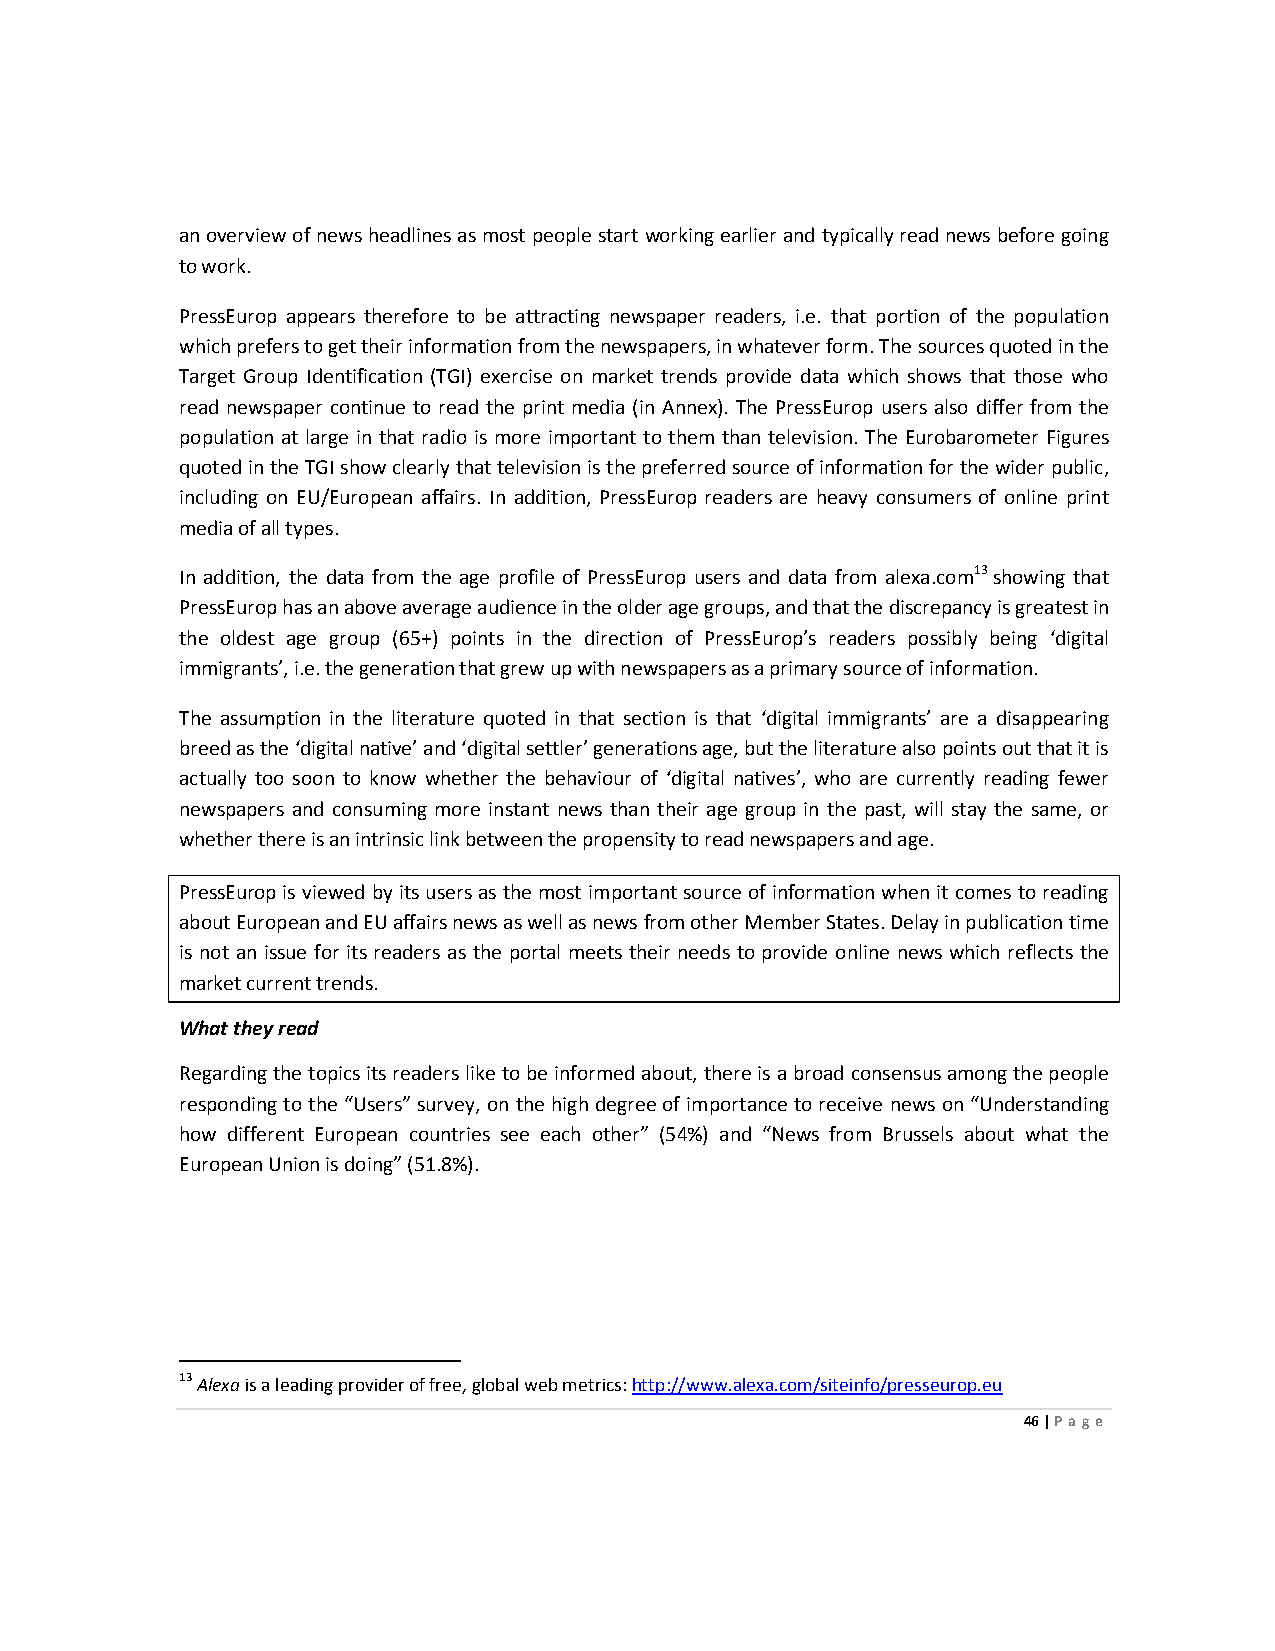
an overview of news headlines as most people start working earlier and typically read news before going
 to work.
 PressEurop appears therefore to be attracting newspaper readers, i.e. that portion of the population
 which prefers to get their information from the newspapers, in whatever form. The sources quoted in the
 Target Group Identification (TGI) exercise on market trends provide data which shows that those who
 read newspaper continue to read the print media (in Annex). The PressEurop users also differ from the
 population at large in that radio is more important to them than television. The Eurobarometer Figures
 quoted in the TGI show clearly that television is the preferred source of information for the wider public,
 including on EU/European affairs. In addition, PressEurop readers are heavy consumers of online print
 media of all types.
 In addition, the data from the age profile of PressEurop users and data from alexa.com13 showing that
 PressEurop has an above average audience in the older age groups, and that the discrepancy is greatest in
 the oldest age group (65+) points in the direction of PressEurop’s readers possibly being ‘digital
 immigrants’, i.e. the generation that grew up with newspapers as a primary source of information.
 The assumption in the literature quoted in that section is that ‘digital immigrants’ are a disappearing
 breed as the ‘digital native’ and ‘digital settler’ generations age, but the literature also points out that it is
 actually too soon to know whether the behaviour of ‘digital natives’, who are currently reading fewer
 newspapers and consuming more instant news than their age group in the past, will stay the same, or
 whether there is an intrinsic link between the propensity to read newspapers and age.
 PressEurop is viewed by its users as the most important source of information when it comes to reading
 about European and EU affairs news as well as news from other Member States. Delay in publication time
 is not an issue for its readers as the portal meets their needs to provide online news which reflects the
 market current trends.
 What they read
 Regarding the topics its readers like to be informed about, there is a broad consensus among the people
 responding to the “Users” survey, on the high degree of importance to receive news on “Understanding
 how different European countries see each other” (54%) and “News from Brussels about what the
 European Union is doing” (51.8%).
 13 Alexa is a leading provider of free, global web metrics: http://www.alexa.com/siteinfo/presseurop.eu
 46 | Page